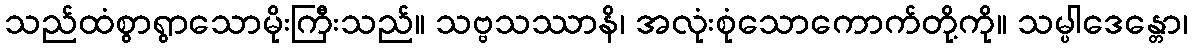
သည်ထံစွာရွာသောမိုးကြီးသည်။ သဗ္ဗသဿာနိ၊ အလုံးစုံသောကောက်တို့ကို။ သမ္ပါဒေန္တော၊